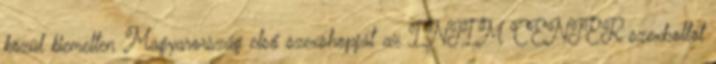
közül kiemelten Magyarország első szexshopját az INTIM CENTER szexboltot